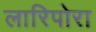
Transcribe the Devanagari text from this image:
लारिपोरा